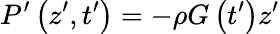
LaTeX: P^{\prime}\left(z^{\prime},t^{\prime}\right)=-\rho G\left(t^{\prime}\right)z^{\prime}